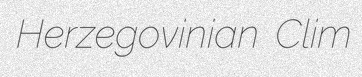
Herzegovinian Clim